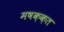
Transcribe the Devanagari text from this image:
मषक़क़त